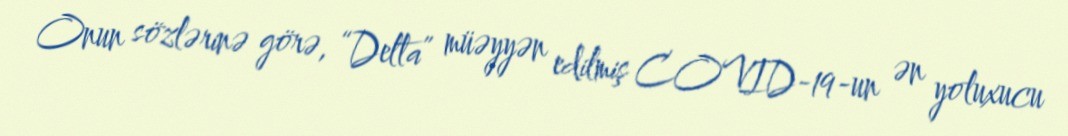
Onun sözlərinə görə, “Delta” müəyyən edilmiş COVID-19-un ən yoluxucu